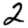
Digit: 2